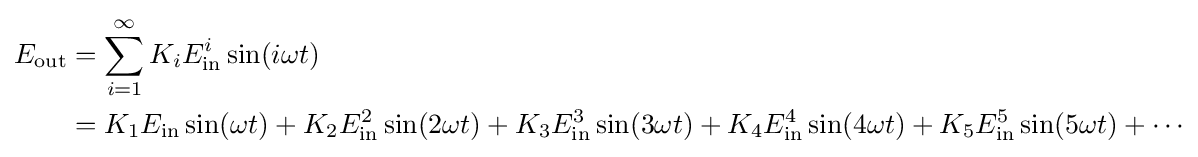
{\begin{aligned}E_{\text{out}}&=\sum _{i=1}^{\infty }{K_{i}E_{\text{in}}^{i}\sin(i\omega t)}\\&=K_{1}E_{\text{in}}\sin(\omega t)+K_{2}E_{\text{in}}^{2}\sin(2\omega t)+K_{3}E_{\text{in}}^{3}\sin(3\omega t)+K_{4}E_{\text{in}}^{4}\sin(4\omega t)+K_{5}E_{\text{in}}^{5}\sin(5\omega t)+\cdots \end{aligned}}